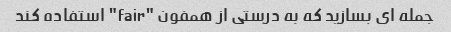
جمله ای بسازید که به درستی از همفون "fair" استفاده کند